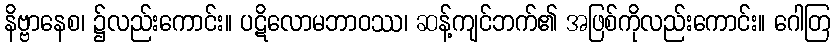
နိဗ္ဗာနေစ၊ ၌လည်းကောင်း။ ပဋိလောမဘာဝဿ၊ ဆန့်ကျင်ဘက်၏ အဖြစ်ကိုလည်းကောင်း။ ဂေါတြ